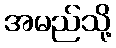
အမည်သို့